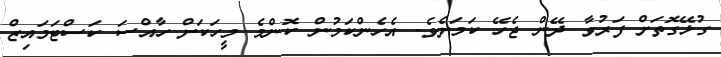
ގުޅޭގޮތަށް ފަރުވާ ދޭން ޖެހޭ ކަމަށެވެ. އެހެންކަމުން ކޮންމެ މީހަކަށް ހާއްސަ ކަސްޓަމައިޒް